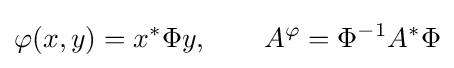
\varphi (x,y)=x^{*}\Phi y,\qquad A^{\varphi }=\Phi ^{-1}A^{*}\Phi